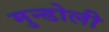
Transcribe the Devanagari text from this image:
मुन्डोली